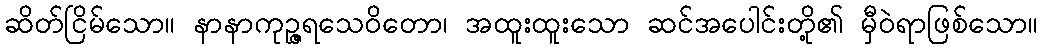
ဆိတ်ငြိမ်သော။ နာနာကုဉ္ဇရသေဝိတော၊ အထူးထူးသော ဆင်အပေါင်းတို့၏ မှီဝဲရာဖြစ်သော။